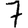
Digit: 7